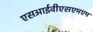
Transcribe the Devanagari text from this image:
एसआईवीएसएमएम